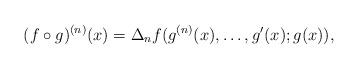
LaTeX: \begin{align*} (f\circ g)^{(n)}(x)=\Delta_nf(g^{(n)}(x),\ldots, g'(x); g(x)),\end{align*}